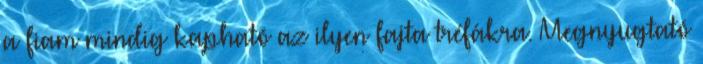
a fiam mindig kapható az ilyen fajta tréfákra. Megnyugtató